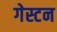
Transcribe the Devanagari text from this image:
गेस्टन